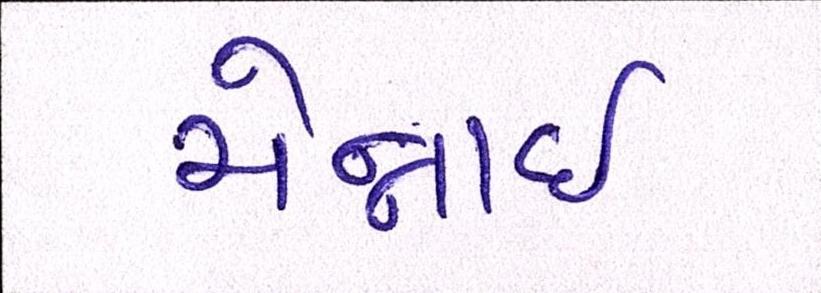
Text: ચેન્નાઇ